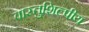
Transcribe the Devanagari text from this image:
वास्‍तुशिल्‍पीय